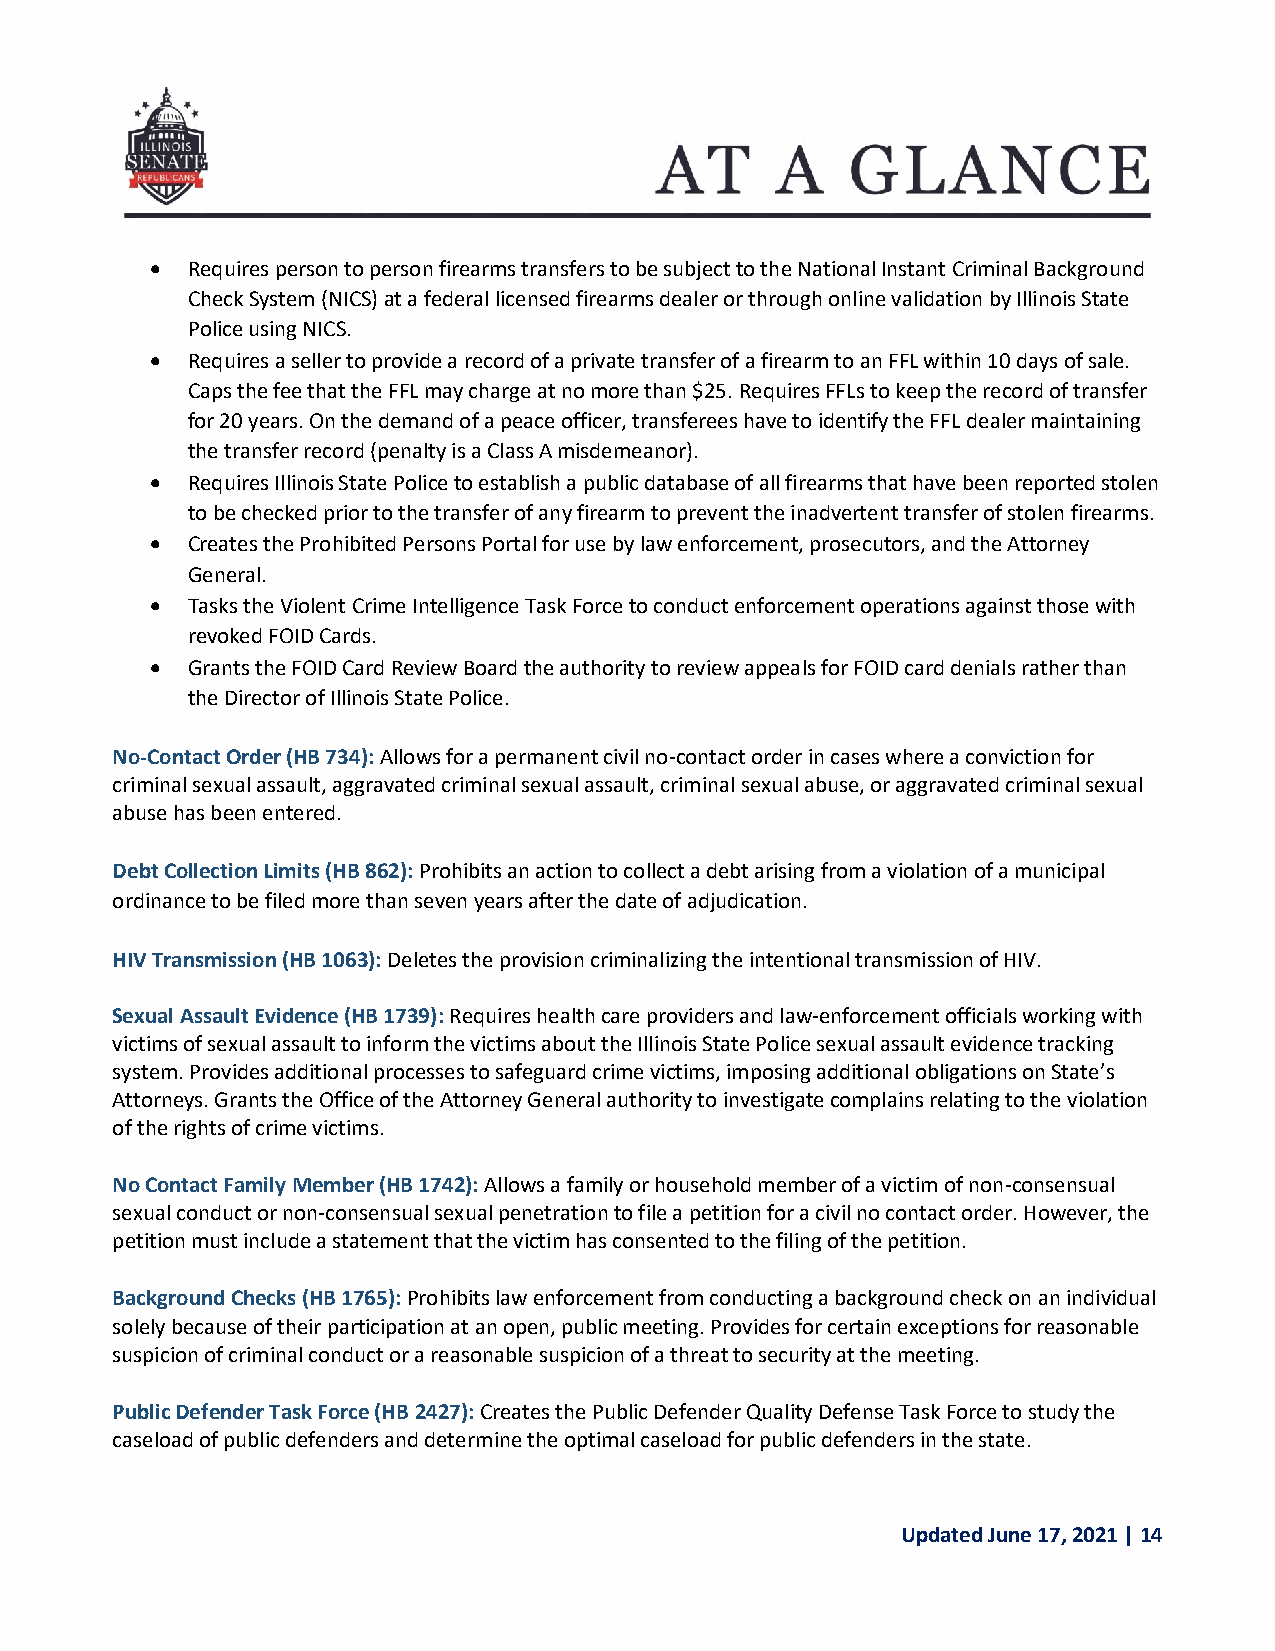
 Requires person to person firearms transfers to be subject to the National Instant Criminal Background
 Check System (NICS) at a federal licensed firearms dealer or through online validation by Illinois State
 Police using NICS.
  Requires a seller to provide a record of a private transfer of a firearm to an FFL within 10 days of sale.
 Caps the fee that the FFL may charge at no more than $25. Requires FFLs to keep the record of transfer
 for 20 years. On the demand of a peace officer, transferees have to identify the FFL dealer maintaining
 the transfer record (penalty is a Class A misdemeanor).
  Requires Illinois State Police to establish a public database of all firearms that have been reported stolen
 to be checked prior to the transfer of any firearm to prevent the inadvertent transfer of stolen firearms.
  Creates the Prohibited Persons Portal for use by law enforcement, prosecutors, and the Attorney
 General.
  Tasks the Violent Crime Intelligence Task Force to conduct enforcement operations against those with
 revoked FOID Cards.
  Grants the FOID Card Review Board the authority to review appeals for FOID card denials rather than
 the Director of Illinois State Police.
 No-Contact Order (HB 734): Allows for a permanent civil no-contact order in cases where a conviction for
 criminal sexual assault, aggravated criminal sexual assault, criminal sexual abuse, or aggravated criminal sexual
 abuse has been entered.
 Debt Collection Limits (HB 862): Prohibits an action to collect a debt arising from a violation of a municipal
 ordinance to be filed more than seven years after the date of adjudication.
 HIV Transmission (HB 1063): Deletes the provision criminalizing the intentional transmission of HIV.
 Sexual Assault Evidence (HB 1739): Requires health care providers and law-enforcement officials working with
 victims of sexual assault to inform the victims about the Illinois State Police sexual assault evidence tracking
 system. Provides additional processes to safeguard crime victims, imposing additional obligations on State’s
 Attorneys. Grants the Office of the Attorney General authority to investigate complains relating to the violation
 of the rights of crime victims.
 No Contact Family Member (HB 1742): Allows a family or household member of a victim of non-consensual
 sexual conduct or non-consensual sexual penetration to file a petition for a civil no contact order. However, the
 petition must include a statement that the victim has consented to the filing of the petition.
 Background Checks (HB 1765): Prohibits law enforcement from conducting a background check on an individual
 solely because of their participation at an open, public meeting. Provides for certain exceptions for reasonable
 suspicion of criminal conduct or a reasonable suspicion of a threat to security at the meeting.
 Public Defender Task Force (HB 2427): Creates the Public Defender Quality Defense Task Force to study the
 caseload of public defenders and determine the optimal caseload for public defenders in the state.
 Updated June 17, 2021 | 14